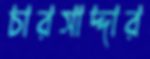
চারসাদ্দার